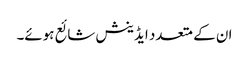
ان کے متعدد ایڈینش شائع ہوئے۔